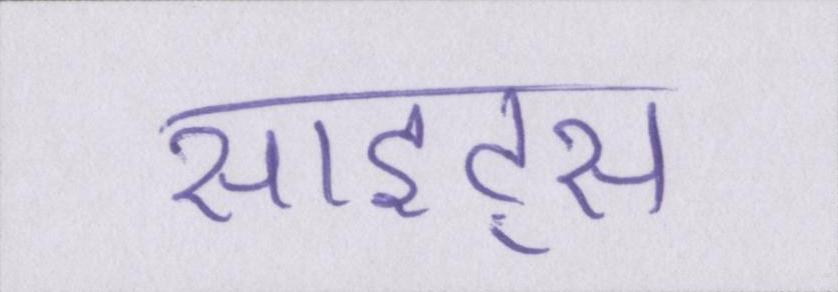
साइट्स